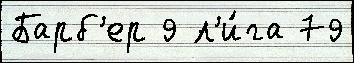
Барб'ер 9 л'и́га 79